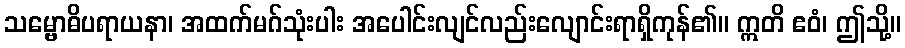
သမ္ဗောဓိပရာယနာ၊ အထက်မဂ်သုံးပါး အပေါင်းလျင်လည်းလျောင်းရာရှိကုန်၏။ ဣတိ ဧဝံ၊ ဤသို့။